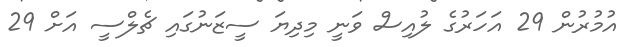
އުމުރުން 29 އަހަރުގެ ލުއިސް ވަނީ މިދިޔަ ސީޒަނުގައި ޗެލްސީ އަށް 29